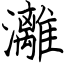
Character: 灕